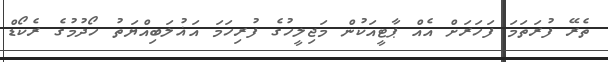
ތެރޭ ފުރަތަމަ ފަހަރަށް އެއް ޕާޓީއަކުން މަޖިލީހުގެ ފުރިހަމަ އަޣުލަބިއްޔަތު ހޯދުމުގެ ރެކޯޑް